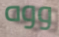
ووه